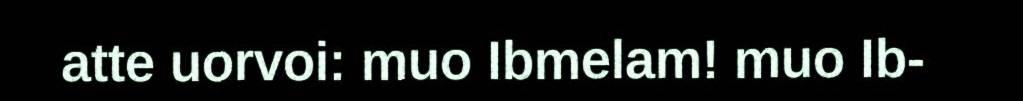
atte uorvoi: muo Ibmelam! muo Ib-